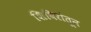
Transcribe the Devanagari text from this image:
शिबिरांतून